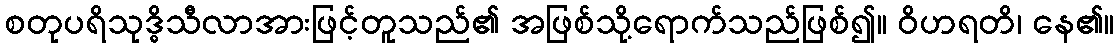
စတုပရိသုဒ္ဓိသီလာအားဖြင့်တူသည်၏ အဖြစ်သို့ရောက်သည်ဖြစ်၍။ ဝိဟရတိ၊ နေ၏။